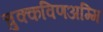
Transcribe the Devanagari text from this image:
चुक्कविणअम्मि